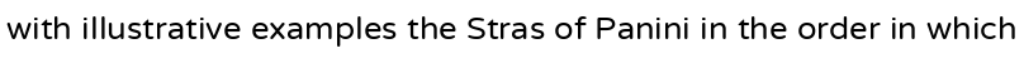
with illustrative examples the Stras of Panini in the order in which